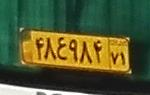
۴۸ع۹۸۴۷۱